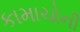
કામાચોની